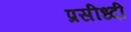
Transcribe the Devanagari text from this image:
प्रसीध्दी